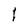
Character: I